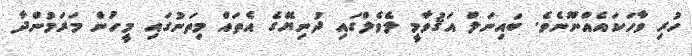
ހުރި ވާހަކައެއްނޫނެވެ. ބައިނަލް އަޤުވާމީ ލެވެލްގައި ދުނިޔޭގެ އެތައް މިތަނުގައި މީހުން މަރަމުންދާ